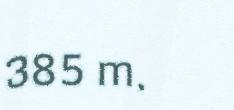
385 m.